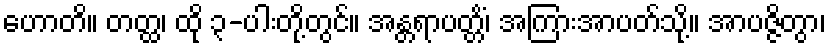
ဟောတိ။ တတ္ထ၊ ထို ၃-ပါးတို့တွင်။ အန္တရာပတ္တိံ၊ အကြားအာပတ်သို့။ အာပဇ္ဇိတွာ၊